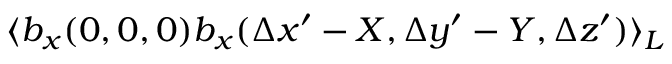
\langle b _ { x } ( 0 , 0 , 0 ) b _ { x } ( \Delta x ^ { \prime } - X , \Delta y ^ { \prime } - Y , \Delta z ^ { \prime } ) \rangle _ { L }